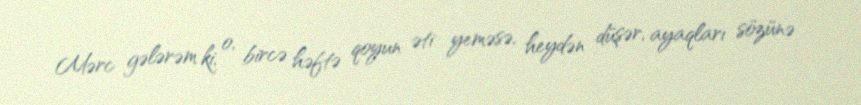
Mərc gələrəm ki, o, bircə həftə qoyun əti yeməsə, heydən düşər, ayaqları sözünə